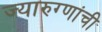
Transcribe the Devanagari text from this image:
ज्यारुग्णांची